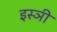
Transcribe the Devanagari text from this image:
इस्ञी